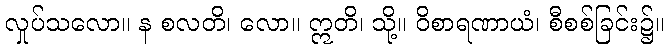
လှုပ်သလော။ န စလတိ၊ လော။ ဣတိ၊ သို့။ ဝိစာရဏာယံ၊ စီစစ်ခြင်း၌။